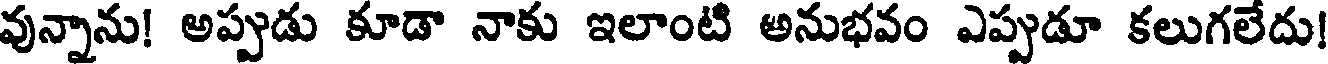
వున్నాను! అప్పుడు కూడా నాకు ఇలాంటి అనుభవం ఎప్పుడూ కలుగలేదు